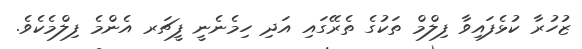
ޒުހުރާ ކުޅެފައިވާ ފިލްމް ތަކުގެ ތެރޭގައި އަދި ހިމެނެނީ ފީޗަރ އެންމެ ފިލްމެކެވެ.